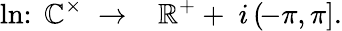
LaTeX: \ln\colon\; \mathbb{C}^{\times}\; \to\; \; \; \mathbb{R}^{+}+\; i\, (\! -\pi,\pi].